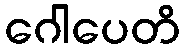
ဂေါပေတိ